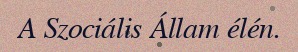
A Szociális Állam élén.